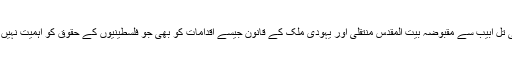
انہوں نےامریکی سفارت خانے کی تل ابیب سے مقبوضہ بیت المقدس منتقلی اور یہودی ملک کے قانون جیسے اقدامات کو بھی جو فلسطینیوں کے حقوق کو اہمیت نہیں دیتاسختی کے ساتھ مسترد کر دیا۔